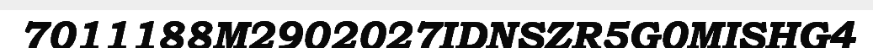
7011188M2902027IDNSZR5G0MISHG4